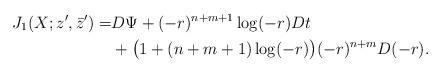
LaTeX: \begin{align*}J_1(X;z^{\prime},\bar{z}^{\prime})=&D\Psi+(-r)^{n+m+1}\log(-r)Dt\\&+\big(1+(n+m+1)\log(-r)\big)(-r)^{n+m}D(-r).\end{align*}